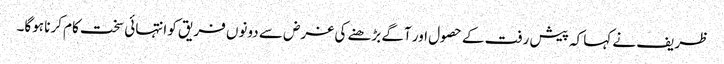
ظریف نے کہا کہ پیش رفت کے حصول اور آگے بڑھنے کی غرض سے دونوں فریق کو انتہائی سخت کام کرنا ہوگا۔